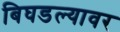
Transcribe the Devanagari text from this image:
बिघडल्यावर